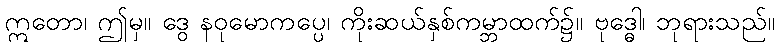
ဣတော၊ ဤမှ။ ဒွေ နဝုမောကပ္ပေ၊ ကိုးဆယ်နှစ်ကမ္ဘာထက်၌။ ဗုဒ္ဓေါ၊ ဘုရားသည်။